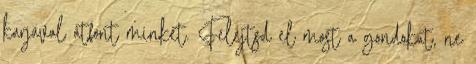
karjával átfont minket. Felejtsd el most a gondokat, ne